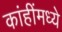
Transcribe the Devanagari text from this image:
कांहींमध्ये